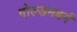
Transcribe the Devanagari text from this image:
गोल्डमबर्ग